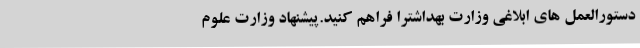
دستورالعمل های ابلاغی وزارت بهداشترا فراهم کنید.پیشنهاد وزارت علوم